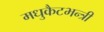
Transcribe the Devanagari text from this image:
मधुकैटभन्त्री